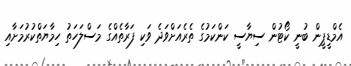
އެމްޑީޕީން ބުނީ ކޯޓުން ސިޔާސީ ކަންކަމުގެ ތެރެއަށްވަދެ ވަކި ފަރާތެއްގެ މަސްލަހަތު ހިމާޔަތްކުރުމަށާއި